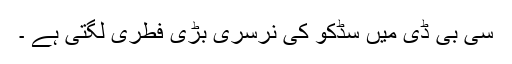
سی بی ڈی میں سڈکو کی نرسری بڑی فطری لگتی ہے ۔